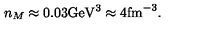
n _ { M } \approx 0 . 0 3 \mathrm { G e V } ^ { 3 } \approx 4 \mathrm { f m } ^ { - 3 } .